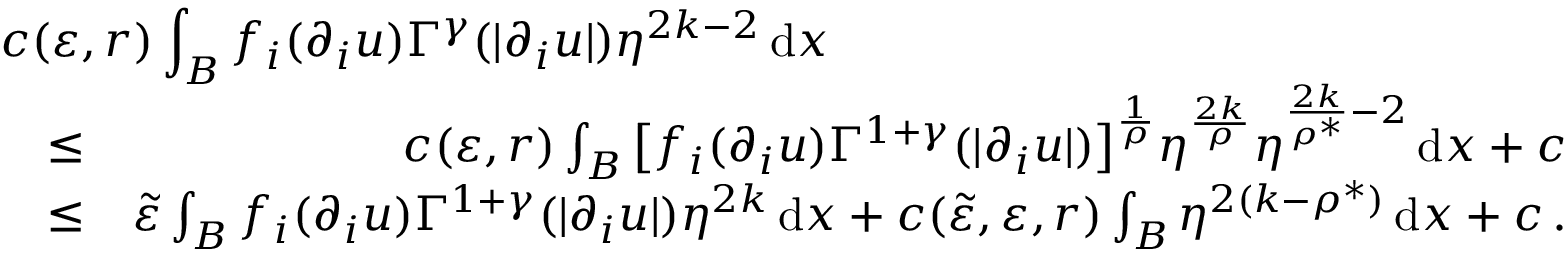
\begin{array} { r l r } { \lefteqn { c ( \varepsilon , r ) \int _ { B } f _ { i } ( \partial _ { i } u ) \Gamma ^ { \gamma } ( | \partial _ { i } u | ) \eta ^ { 2 k - 2 } \, \mathrm { d } x } } \\ & { \leq } & { c ( \varepsilon , r ) \int _ { B } \big [ f _ { i } ( \partial _ { i } u ) \Gamma ^ { 1 + \gamma } ( | \partial _ { i } u | ) \big ] ^ { \frac { 1 } { \rho } } \eta ^ { \frac { 2 k } { \rho } } \eta ^ { \frac { 2 k } { \rho ^ { * } } - 2 } \, \mathrm { d } x + c } \\ & { \leq } & { \tilde { \varepsilon } \int _ { B } f _ { i } ( \partial _ { i } u ) \Gamma ^ { 1 + \gamma } ( | \partial _ { i } u | ) \eta ^ { 2 k } \, \mathrm { d } x + c ( \tilde { \varepsilon } , \varepsilon , r ) \int _ { B } \eta ^ { 2 ( k - \rho ^ { * } ) } \, \mathrm { d } x + c \, . } \end{array}